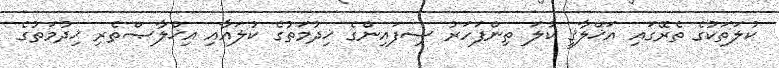
ކުލަތަކުގެ ތެރޭގައި އަޚްލާޤީ ކުލަ ތިންފަހަރު ސިފައިންގެ ޚިދުމަތުގެ ކުލައާއި އިޚްލާޞްތެރި ޚިދުމަތުގެ